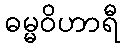
ဓမ္မဝိဟာရီ